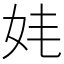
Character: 𡛋